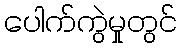
ပေါက်ကွဲမှုတွင်